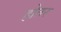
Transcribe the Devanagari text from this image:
होतर